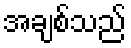
အချစ်သည်